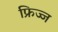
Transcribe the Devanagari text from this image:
फ्रिज्ज